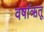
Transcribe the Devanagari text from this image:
वर्षाऋतू